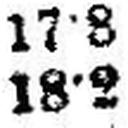
18•2